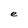
Character: e